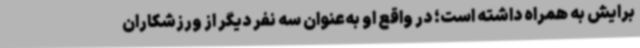
برایش به همراه داشته است؛ در واقع او به‌عنوان سه نفر دیگر از ورزشکاران